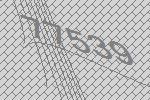
77539